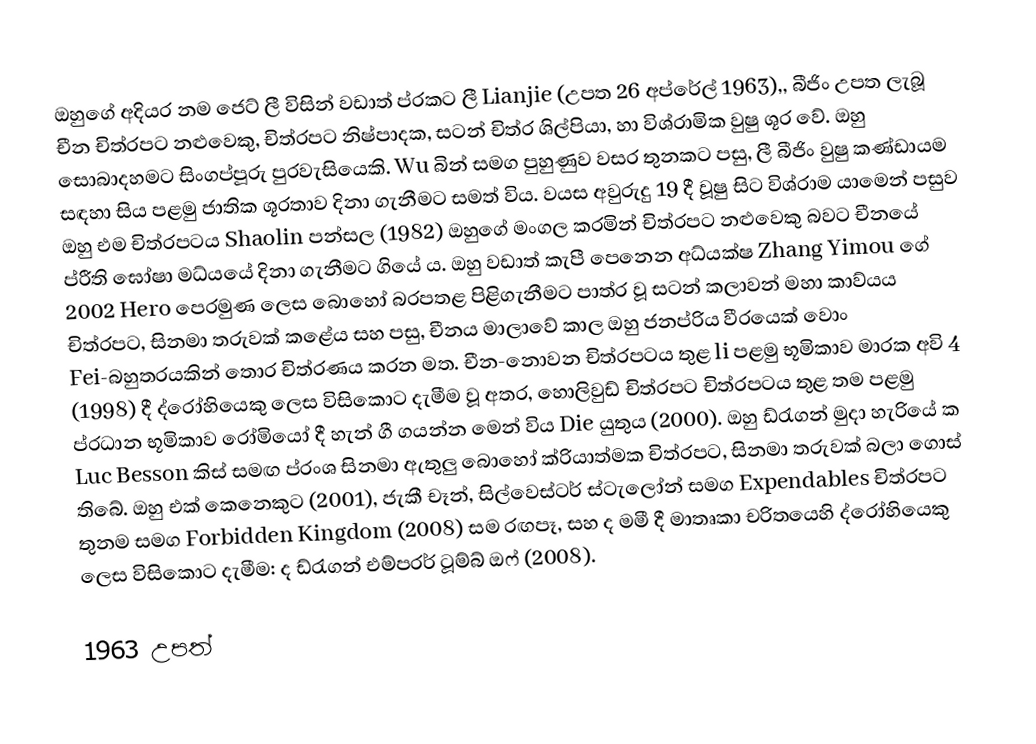
ඔහුගේ අදියර නම ජෙට් ලී විසින් වඩාත් ප්රකට ලී Lianjie (උපත 26 අප්රේල් 1963),, බීජිං උපත ලැබූ චීන චිත්රපට නළුවෙකු, චිත්රපට නිෂ්පාදක, සටන් චිත්ර ශිල්පියා, හා විශ්රාමික වුෂු ශූර වේ. ඔහු සොබාදහමට සිංගප්පූරු පුරවැසියෙකි. Wu බින් සමග පුහුණුව වසර තුනකට පසු, ලී බීජිං වුෂු කණ්ඩායම සඳහා සිය පළමු ජාතික ශූරතාව දිනා ගැනීමට සමත් විය. වයස අවුරුදු 19 දී වූෂු සිට විශ්රාම යාමෙන් පසුව ඔහු එම චිත්රපටය Shaolin පන්සල (1982) ඔහුගේ මංගල කරමින් චිත්රපට නළුවෙකු බවට චීනයේ ප්රීති ඝෝෂා මධ්යයේ දිනා ගැනීමට ගියේ ය. ඔහු වඩාත් කැපී පෙනෙන අධ්යක්ෂ Zhang Yimou ගේ 2002 Hero පෙරමුණ ලෙස බොහෝ බරපතළ පිළිගැනීමට පාත්ර වූ සටන් කලාවන් මහා කාව්යය චිත්රපට, සිනමා තරුවක් කළේය සහ පසු, චීනය මාලාවේ කාල ඔහු ජනප්රිය වීරයෙක් වොං Fei-බහුතරයකින් තොර චිත්රණය කරන මත. චීන-නොවන චිත්රපටය තුළ li පළමු භූමිකාව මාරක අවි 4 (1998) දී ද්රෝහියෙකු ලෙස විසිකොට දැමීම වූ අතර, හොලිවුඩ් චිත්රපට චිත්රපටය තුළ තම පළමු ප්රධාන භූමිකාව රෝමියෝ දී හැන් ගී ගයන්න මෙන් විය Die යුතුය (2000). ඔහු ඩ්රැගන් මුදා හැරියේ ක Luc Besson කිස් සමඟ ප්රංශ සිනමා ඇතුලු බොහෝ ක්රියාත්මක චිත්රපට, සිනමා තරුවක් බලා ගොස් තිබේ. ඔහු එක් කෙනෙකුට (2001), ජැකී චෑන්, සිල්වෙස්ටර් ස්ටැලෝන් සමග Expendables චිත්රපට තුනම සමග Forbidden Kingdom (2008) සම රඟපෑ, සහ ද මමී දී මාතෘකා චරිතයෙහි ද්රෝහියෙකු ලෙස විසිකොට දැමීම: ද ඩ්රැගන් එම්පරර් ටූම්බ් ඔෆ් (2008).

1963 උපත්